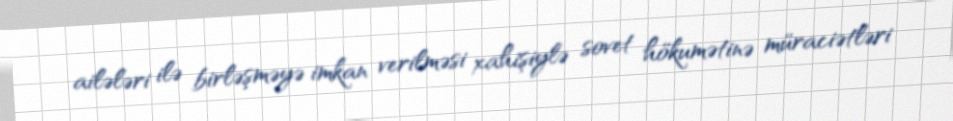
ailələri ilə birləşməyə imkan verilməsi xahişiylə sovet hökumətinə müraciətləri